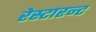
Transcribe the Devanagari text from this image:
रेस्टारन्ट